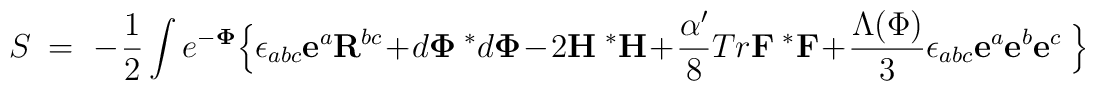
S~=~-\frac{1}{2} \int  e^{-{\bf \Phi}}\Bigl\{\epsilon_{abc}{\bf e}^a {\bf R}^{bc} + d{\bf \Phi}~{^{*}d}{\bf \Phi}- 2 {\bf H}~{^{*}{\bf H}}+{\alpha' \over 8} Tr {\bf F}~{^{*}{\bf F}}+ \frac{\Lambda(\Phi)}{3}\epsilon_{abc}{\bf e}^a{\bf e}^b{\bf e}^c~\Bigr\}